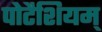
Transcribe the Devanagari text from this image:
पोटैशियम्‌